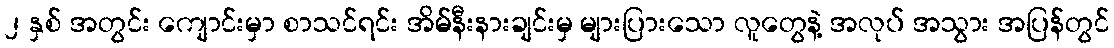
၂ နှစ် အတွင်း ကျောင်းမှာ စာသင်ရင်း အိမ်နီးနားချင်းမှ များပြားသော လူတွေနဲ့ အလုပ် အသွား အပြန်တွင်